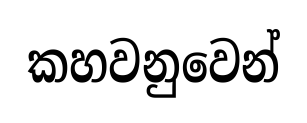
කහවනුවෙන්